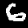
Label: 6